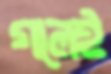
গলেই